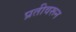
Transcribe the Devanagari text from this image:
प्रतीवरून